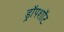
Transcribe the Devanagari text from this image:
ड्रॉपशॉट